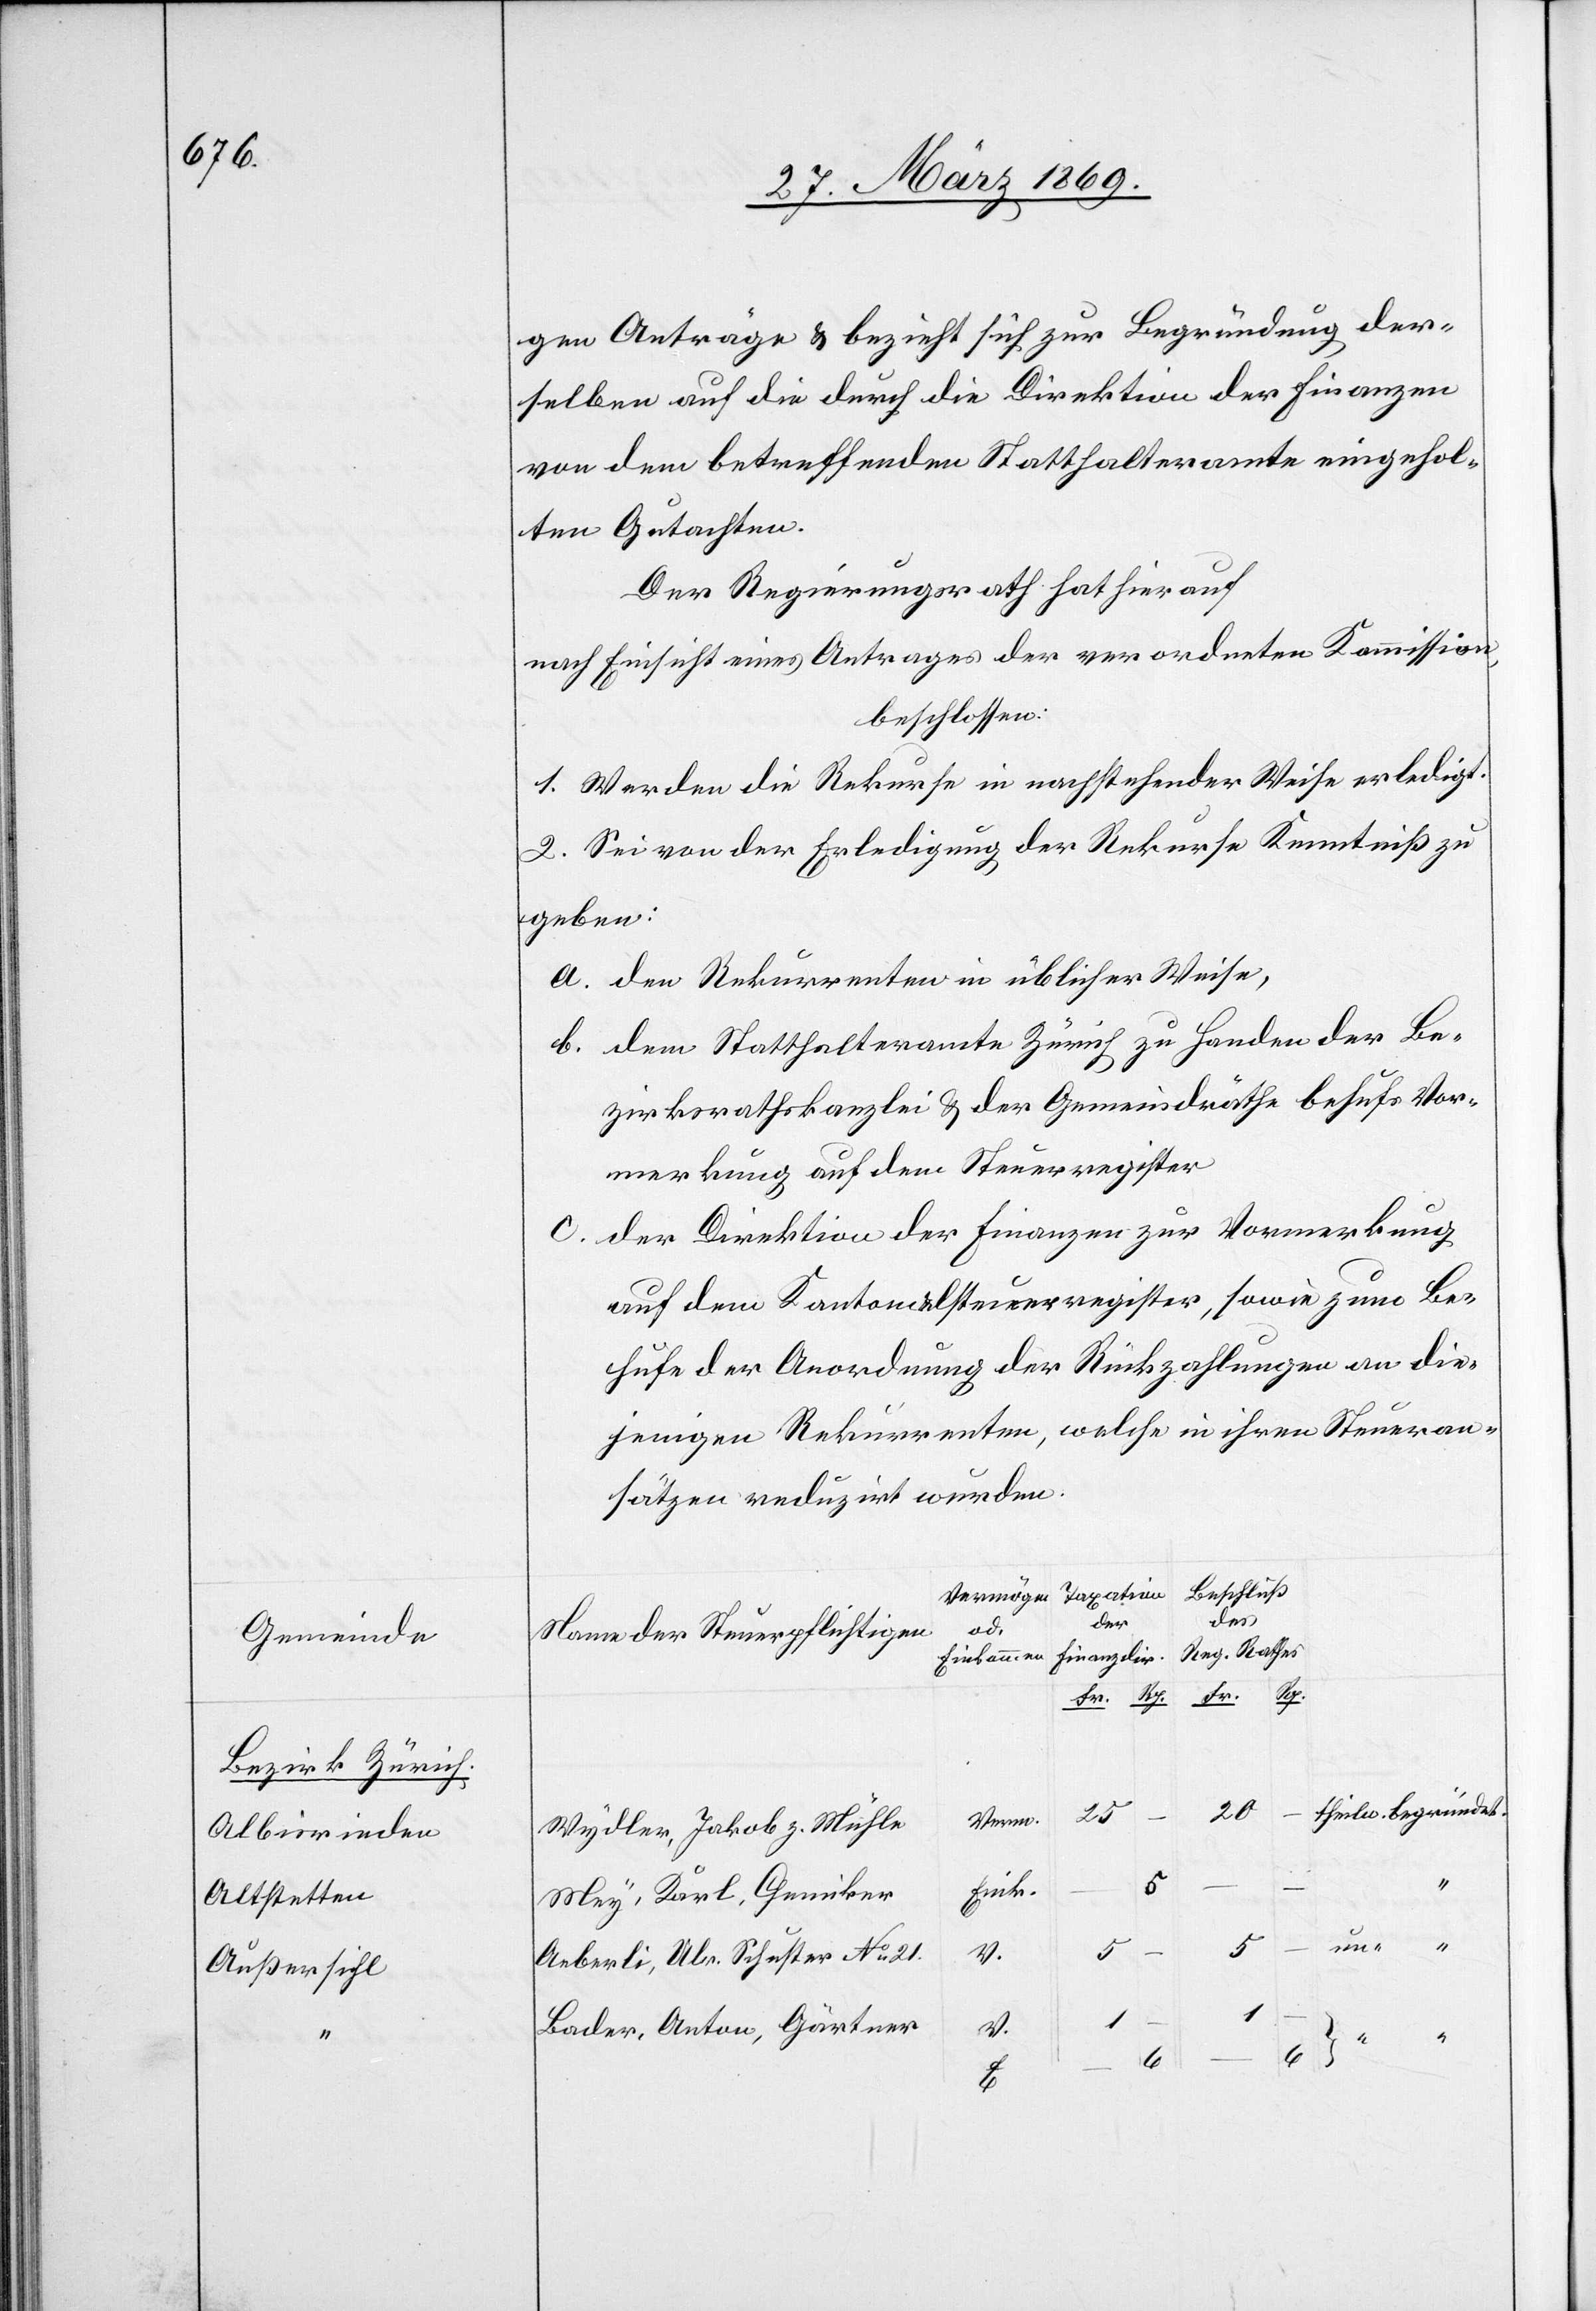
[Gemeinde
Bezirk Zürich
Albisrieden
Altstetten
Außersihl

gen Anträge u. bezieht sich zur Begründung der¬
selben auf die durch die Direktion der Finanzen
von dem betreffenden Statthalteramte eingehol¬
ten Gutachten.
Der Regierungsrath hat hierauf
nach Einsicht eines Antrages der von der verordneten Kommission,
beschlossen:
1. Werden die Rekurse in nachstehender Weise erledigt.
2. Sei von der Erledigung der Rekurse Kenntniß zu
geben:
a. Den Rekurrenten in üblicher Weise,
b. Dem Statthalteramte Zürich zu Handen der Be¬
zirksrathskanzlei u. der Gemeindräthe behufs Vor¬
merkung auf dem Steuerregister.
c.
Der Direktion der Finanzen zur Vormerkung
auf dem Kantonalsteuerregister, sowie zum Be¬
hufe der Anordnung der Rückzahlungen an die¬
jenigen Rekurrenten, welche in ihren Steueran¬
sätzen reduzirt wurden.
des
der
anzdir.
Name der Steuerpflichtigen
Reg. Rathes]
Fin¬
V.
E.
Fr.
20
1
–
theilw.
Wydler, Jakob z. Mühle
Einko¬
Mey, Karl, Chemiker
un
–
“
Aeberli, Ulr. Schuster N° 21
1
“
Bader, Anton, Gärtner